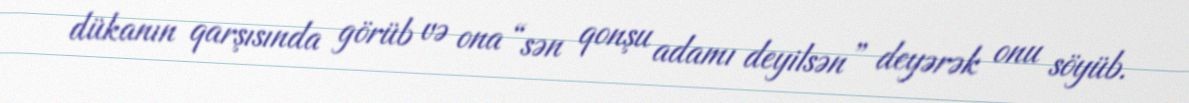
dükanın qarşısında görüb və ona “sən qonşu adamı deyilsən” deyərək onu söyüb.